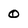
Character: 0